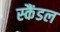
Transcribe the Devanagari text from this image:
स्‍कैंडल